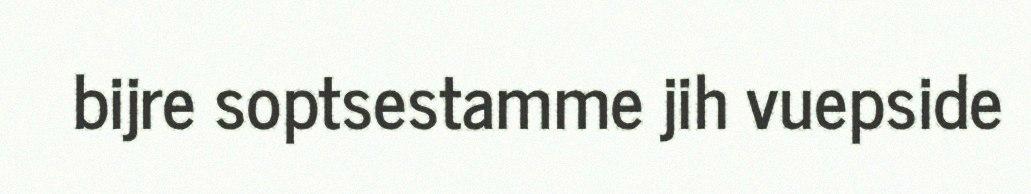
bijre soptsestamme jih vuepside